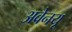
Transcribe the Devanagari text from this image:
अवेनयू